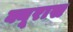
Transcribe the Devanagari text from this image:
क्यूरास